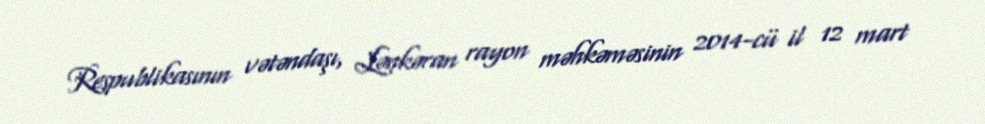
Respublikasının vətəndaşı, Lənkəran rayon məhkəməsinin 2014-cü il 12 mart